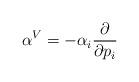
LaTeX: \begin{align*}\alpha^{V}=-\alpha_i\frac{\partial}{\partial p_i}\end{align*}